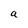
Character: a